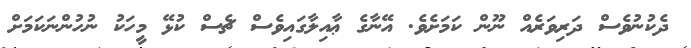
ދެކުނުވެސް ދަރިވަރެއް ނޫން ކަމަށެވެ. އޭނާގެ ޢާއިލާގައިވެސް ޗެސް ކުޅޭ މީހަކު ނުހުންނަކަމަށް